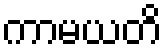
ကာမယတိ